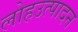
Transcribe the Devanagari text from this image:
लोहउत्पादन